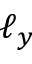
\ell _ { y }